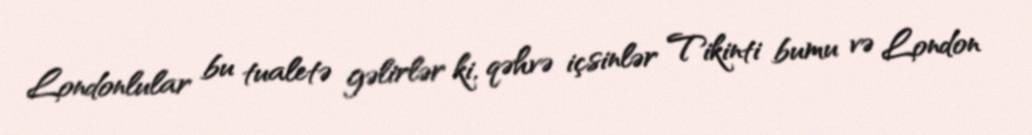
Londonlular bu tualetə gəlirlər ki, qəhvə içsinlər Tikinti bumu və London